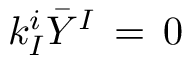
k _ { I } ^ { i } { \bar { Y } } ^ { I } \, = \, 0